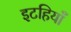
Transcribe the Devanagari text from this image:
इटहियाँ